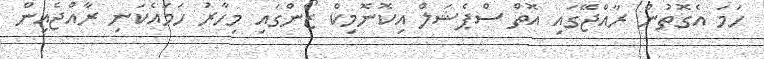
ހަމަ އެގޮތުން ރާއްޖޭގައި އޮތް ސްޕެޝަލް އިކޮނޮމިކް ޒޯންގައި މިހާރު ހަމައެކަނި ރާއްޖެއިން